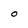
Character: O